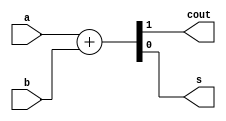


module hadd(a,b,cout,s);  // Implement a half-adder
input a, b;               // Inputs to be added together
output cout, s;	       // Output, carry (cout) and sum (s)

assign {cout,s} = a+b;  // add a and b,
                        // ...result in cout and s.

endmodule

// from; http://www.swarthmore.edu/NatSci/echeeve1/Ref/embedRes/QQS_V/QuickQuartusVerilog.html